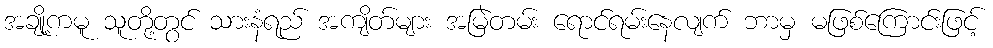
အချို့ကမူ သူတို့တွင် သားနံရည် အကျိတ်များ အမြဲတမ်း ရောင်ရမ်းနေလျက် ဘာမှ မဖြစ်ကြောင်းဖြင့်